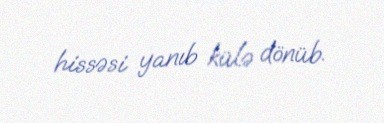
hissəsi yanıb külə dönüb.